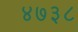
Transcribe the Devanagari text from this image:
४७३८